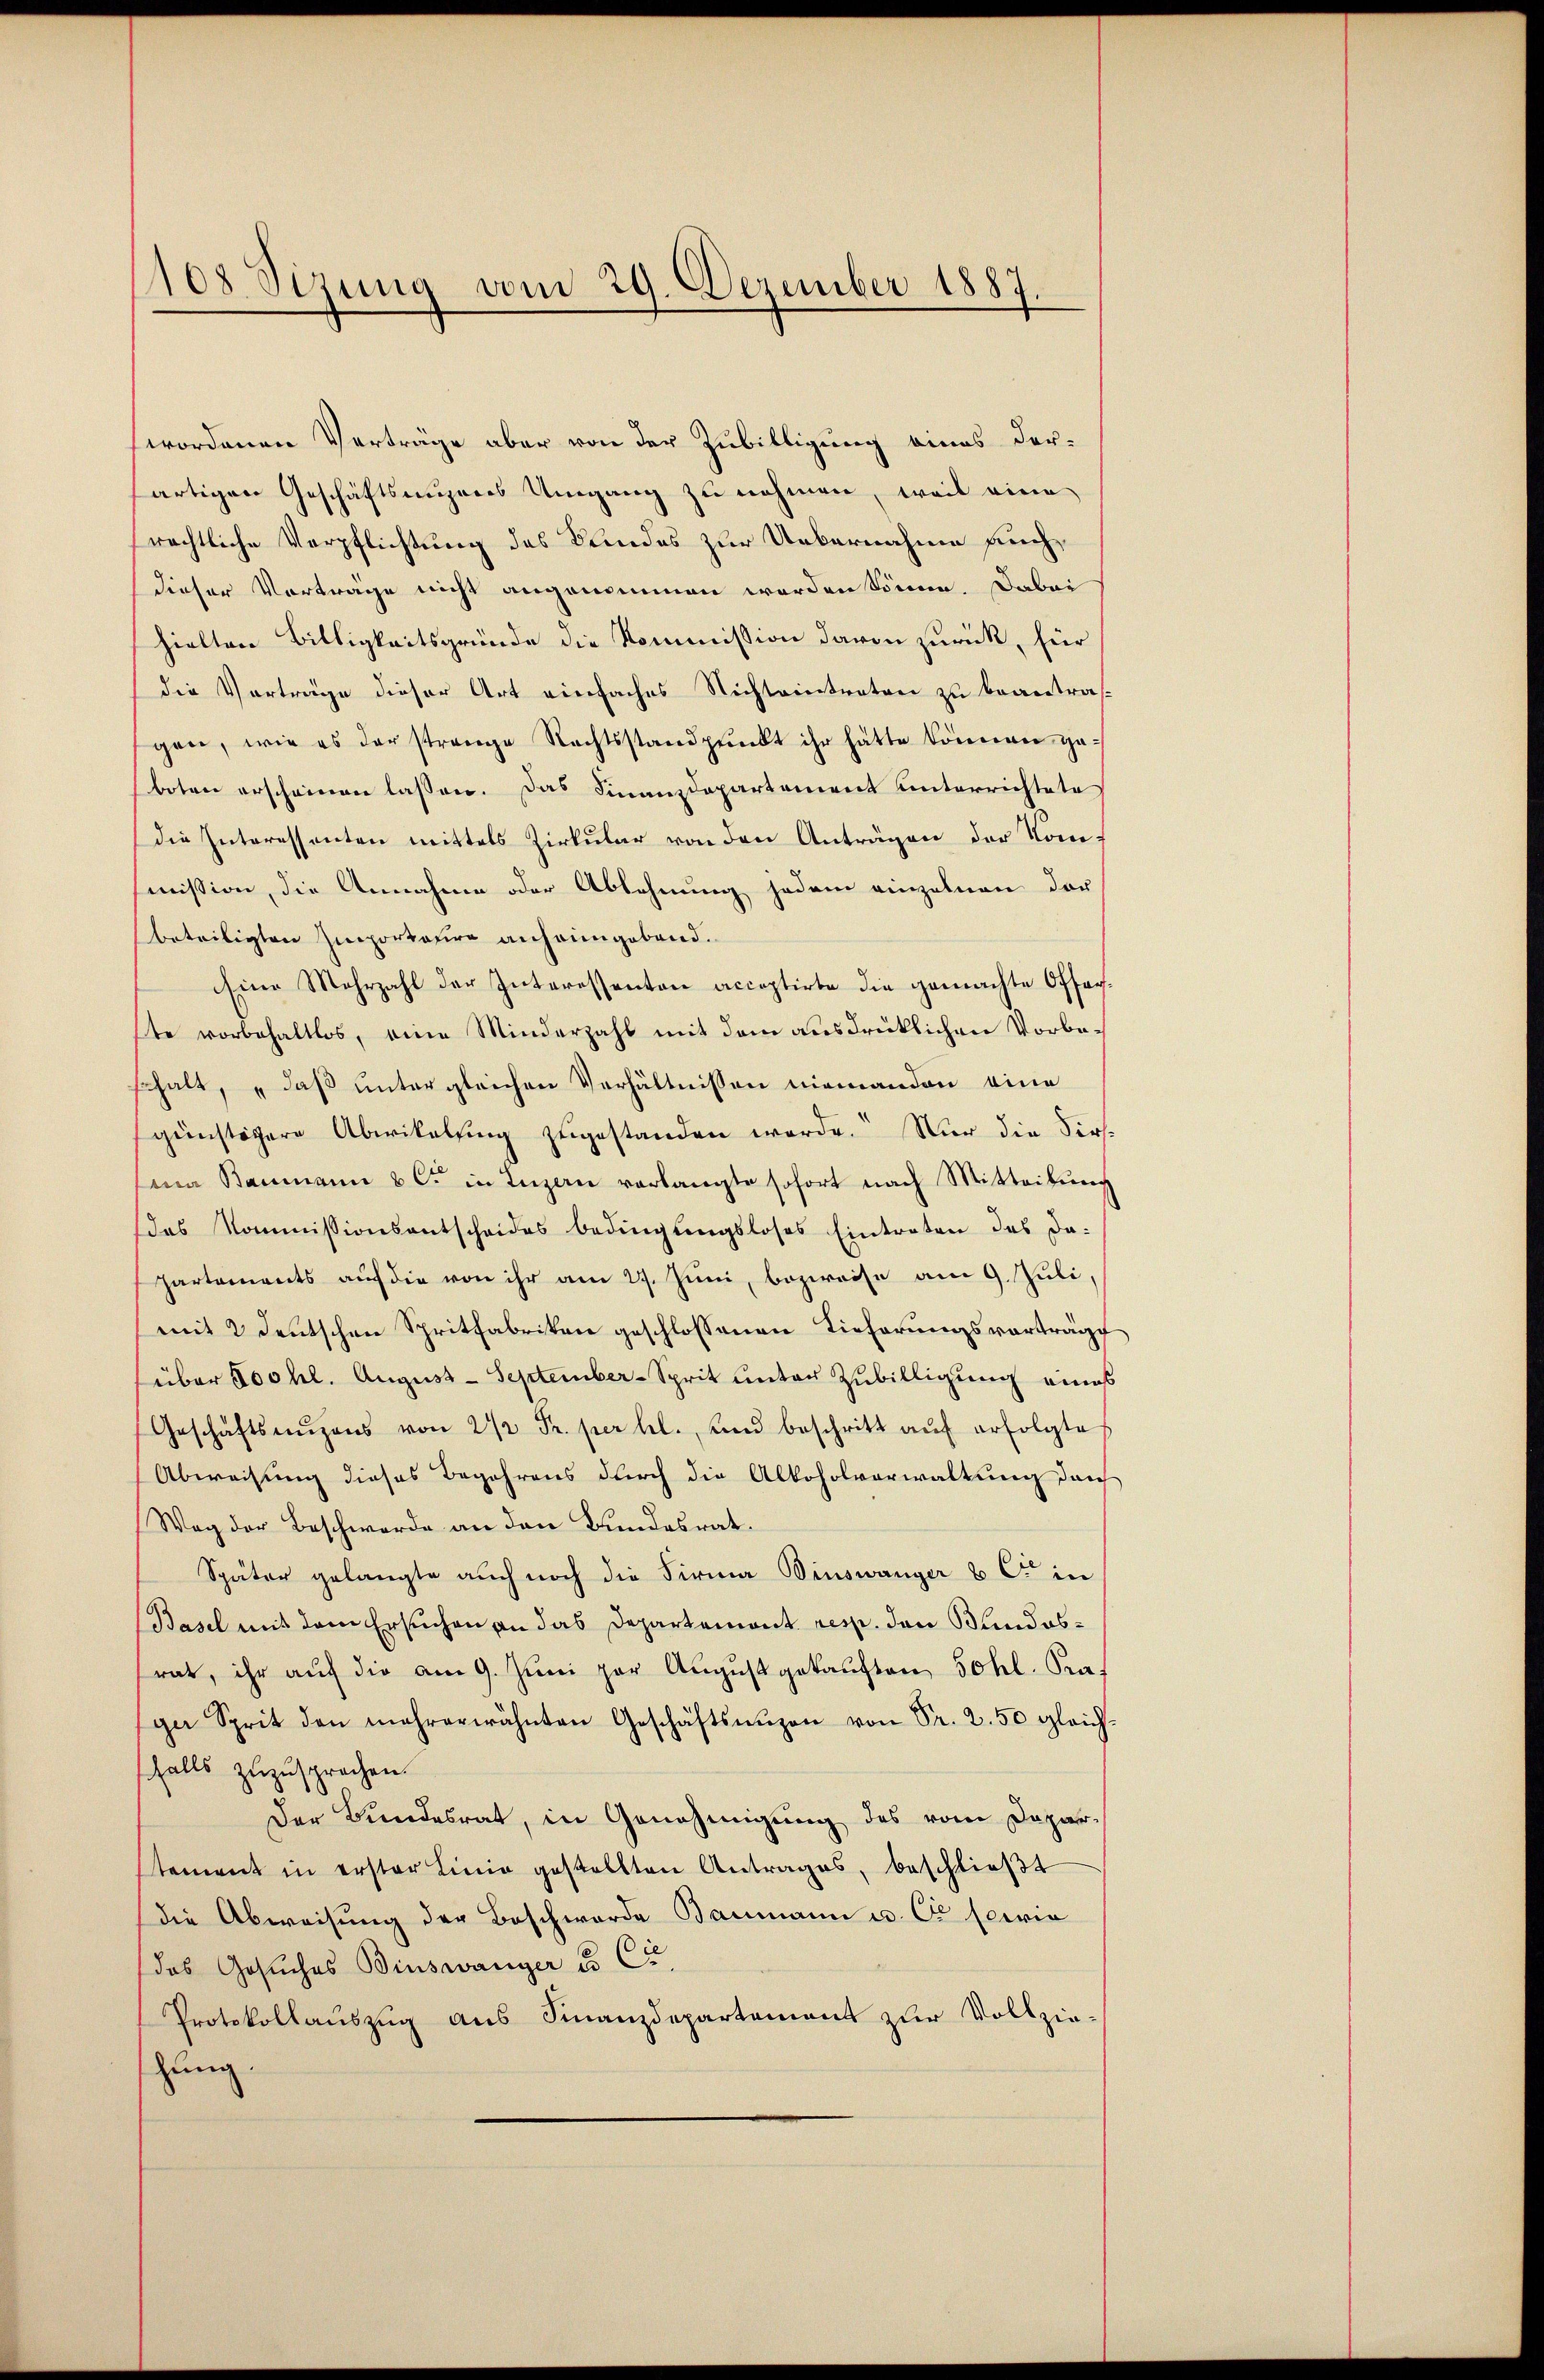
108 Sizung vom 29. Dezember 1887.

wordenen Verträge aber von der Zubilligung eines derartigen Geschäftsagenes Umgang zu nehmen, weil eine
rechtliche Verpflichtung des Bundes zur Uebernahme auchdieser Vorträge nicht angenommen werden könne. Dabei
hielten Billigkeitsgründe die Kommission davon zurück, für
die Vorträge dieser Art einfaches Nichteintreten zu beantra
gen, wie es der strenge Rechtsstandpunkt ihr hätte können geboten erscheinen lassen. Das Finanzdepartement unterrichtete
die Interessenten mittels Zirkular von den Anträgen der Kommission, die Annahme oder Ablehnung jedem einzelnen der
beteiligten Importatire anheimgebend.
Eine Mehrzahl der Interessanten acceptirte die gemachte Offer
ste vorbehaltlos, eine Minderzahl mit dem ausdrücklichen Vorbeschalt, „daß unter gleichen Verhältnissen niemandon eine
günstigere Abwikelung zugestanden werde. Nur die Sirssena Baumann & c. in Luzern verlangte sofort nach Mitteilŭng
das Kommissionsantscheides bedingungsloses Eintreten des da-
Partements auf die von ihr am 27. Juni, bezweise am 9. Juli,
mit 2 deutschen Spritfabriken geschlossenen Lieferungsvorträge
süber Foohl. August - September-Sprit unter Zubilligung eines
Geschäftsaŭzens von 2 1/2 Fr. per hl. und beschritt aŭf erfolgte
Abweisung dieses Begehrens durch die Alkoholverwaltung durch
Weg der Beschwerde an den Bundesrat.
Später gelangte auch noch die Firma Dinswanger & Cie in
Basel mit dem Ersuchen an das Departemont resp. den Bundesrat, ihr auf die am 9. Juni par August gekauften Sohl. Praga Sprit den mehrerwähnten Geschäftsnüzen von Fr. 2.50 gleichsfalls zuzusprochen
Der Bundesrat, in Genehmigung des vom Departement in erster Linie gestellten Antrages, beschlieβt
die Abweisung der Beschwerde Baumann u. Cr servia
(das Gesuches Binswanger u. Ca
Protokollauszug aus Finanzdepartement zur Vollzie-
zung.